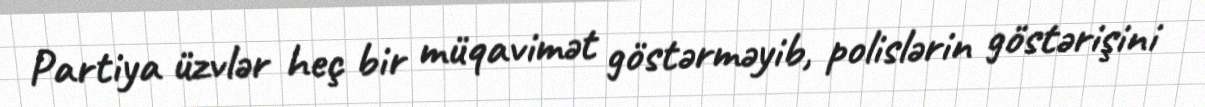
Partiya üzvlər heç bir müqavimət göstərməyib, polislərin göstərişini